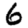
Digit: 6